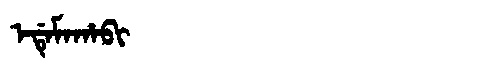
Manchu: ᡝᡩᡝᠮᠠᡥᠠᠪᡳ
Romanization: EDEMAHABI